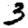
Digit: 3